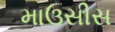
માઉસીસ